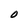
Character: O